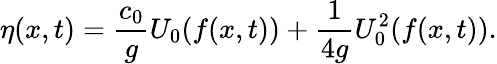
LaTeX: \eta(x,t)=\frac{c_{0}}{g}U_{0}(f(x,t))+\frac{1}{4g}U_{0}^{2}(f(x,t)).